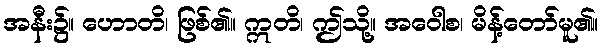
အနီး၌။ ဟောတိ၊ ဖြစ်၏။ ဣတိ၊ ဤသို့။ အဝေါစ၊ မိန့်တော်မူ၏။